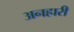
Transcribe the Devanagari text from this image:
अनहारी